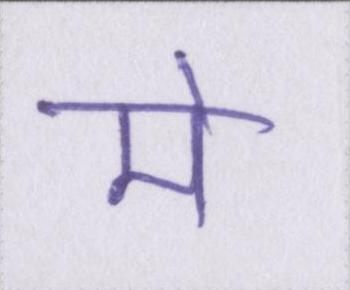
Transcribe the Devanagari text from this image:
मे